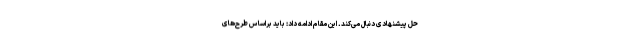
حل پیشنهادی دنبال می‌کند. این مقام ادامه داد: باید براساس طرح‌های